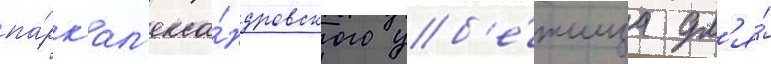
па́рк ал'екса́ндровского уб'е́жища дл'я́